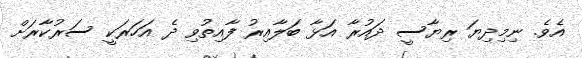
އެވެ. ނިމިދިޔަ ރިޔާސީ ދައުރާ އަޅާ ބަލާއިރު ފާއިތުވި ދެ އަހަރަކީ ސަރުކާރަށް